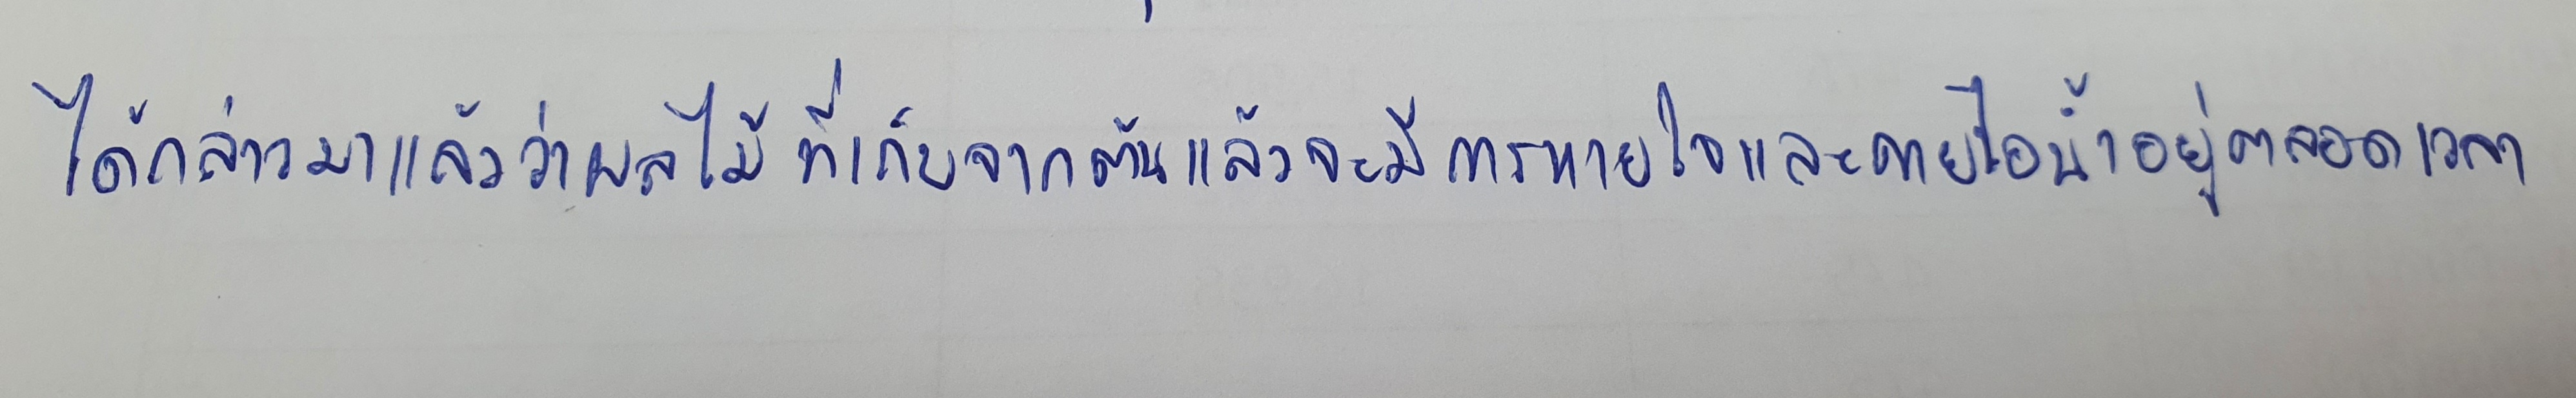
ได้กล่าวมาแล้วว่าผลไม้ที่เก็บจากต้นแล้วจะมีการหายใจและคายไอน้ำอยู่ตลอดเวลา